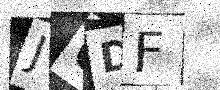
Text: J6DF